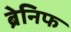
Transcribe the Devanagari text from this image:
ब्रेनिफ